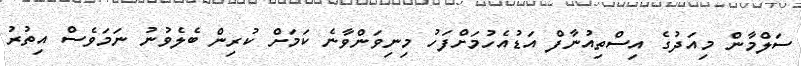
ސަލްމާން މިއަދުގެ އިސްތިއުނާފް އަޑުއެހުމަށްފަހު މިނިވަންވާނެ ކަމަށް ކުރިން ބެލެވުނު ނަމަވެސް އިތުރު